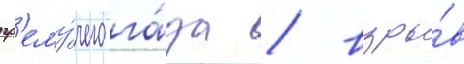
гр'ему́чего га́за / взры́в